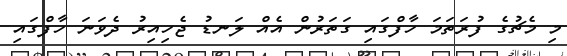
މި މެޗުގެ ފުރަތަމަ ހާފްގައި ގަތަރުން އެއް ލަނޑު ޖެހިއިރު ދެވަނަ ހާފްގައި